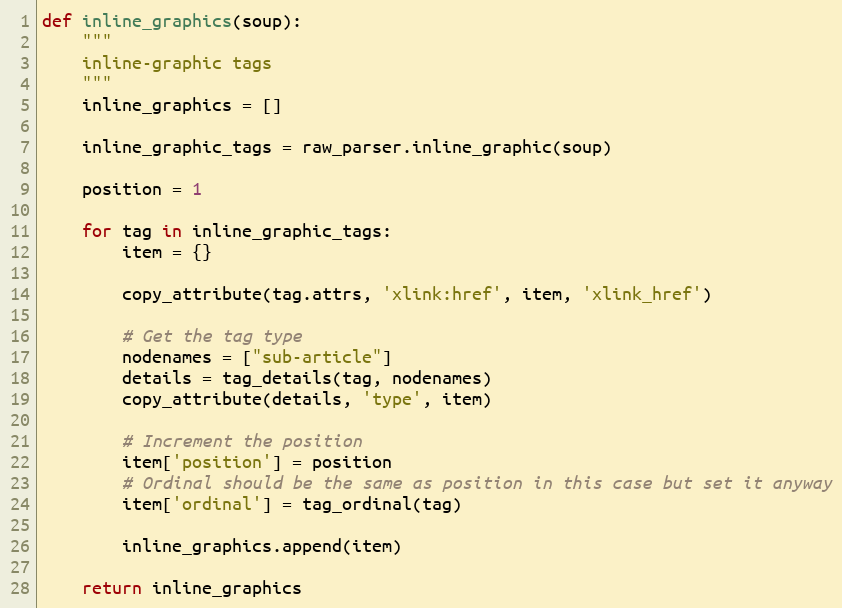
Language: Python
def inline_graphics(soup):
    """
    inline-graphic tags
    """
    inline_graphics = []

    inline_graphic_tags = raw_parser.inline_graphic(soup)

    position = 1

    for tag in inline_graphic_tags:
        item = {}

        copy_attribute(tag.attrs, 'xlink:href', item, 'xlink_href')

        # Get the tag type
        nodenames = ["sub-article"]
        details = tag_details(tag, nodenames)
        copy_attribute(details, 'type', item)

        # Increment the position
        item['position'] = position
        # Ordinal should be the same as position in this case but set it anyway
        item['ordinal'] = tag_ordinal(tag)

        inline_graphics.append(item)

    return inline_graphics